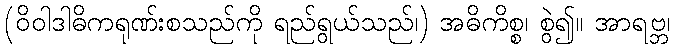
(ဝိဝါဒါဓိကရုဏ်းစသည်ကို ရည်ရွယ်သည်၊) အဓိကိစ္စ၊ စွဲ၍။ အာရဗ္ဘ၊